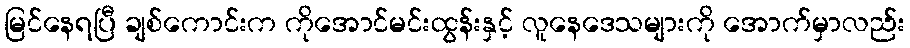
မြင်နေရပြီ ချစ်ကောင်းက ကိုအောင်မင်းထွန်းနှင့် လူနေဒေသများကို အောက်မှာလည်း